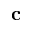
\mathbf { c }